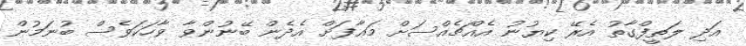
އަދި ލަތީފްގާތު އެރޭ ކިޔުނު އެއްޗެއްސަށް މަޢާފަށް އެދެން ބޭނުންވާ ވާހަކަވެސް ބުނަމުން